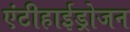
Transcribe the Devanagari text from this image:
एंटीहाईड्रोजन